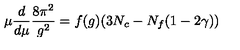
\mu \frac { d } { d \mu } \frac { 8 \pi ^ { 2 } } { g ^ { 2 } } = f ( g ) ( 3 N _ { c } - N _ { f } ( 1 - 2 \gamma ) )